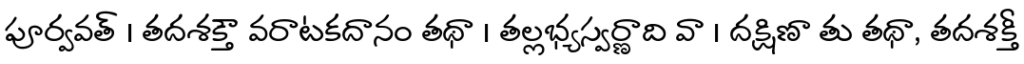
పూర్వవత్ । తదశక్తౌ వరాటకదానం తథా । తల్లభ్యస్వర్ణాది వా । దక్షిణా తు తథా, తదశక్తీ